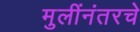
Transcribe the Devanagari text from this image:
मुलींनंतरचे